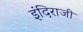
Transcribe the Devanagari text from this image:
इंदिराजी